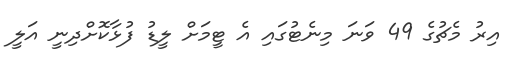
އިރު މެޗުގެ 49 ވަނަ މިނެޓުގައި އެ ޓީމަށް ލީޑު ފުޅާކޮށްދިނީ އަލީ